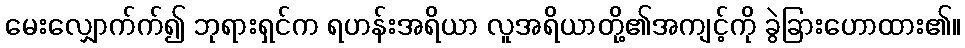
မေးလျှောက်က်၍ ဘုရားရှင်က ရဟန်းအရိယာ လူအရိယာတို့၏အကျင့်ကို ခွဲခြားဟောထား၏။